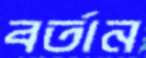
বর্তান